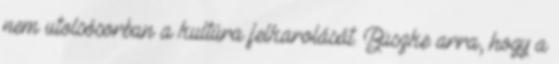
nem utolsósorban a kultúra felkarolását. Büszke arra, hogy a